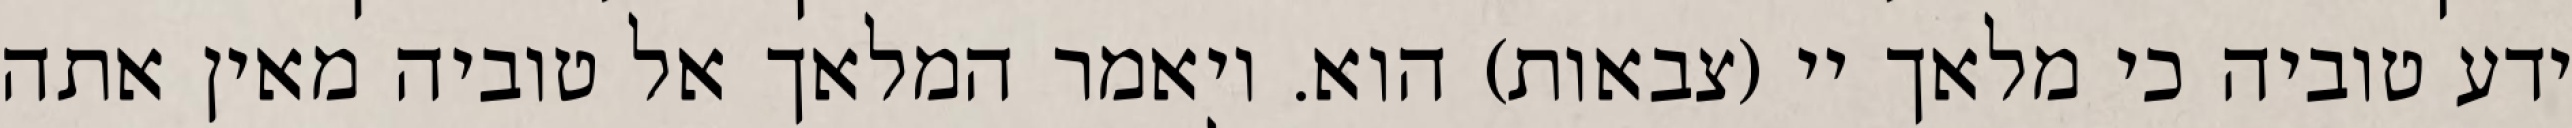
ידע טוביה כי מלאך יי (צבאות) הוא. ויאמר המלאך אל טוביה מאין אתה